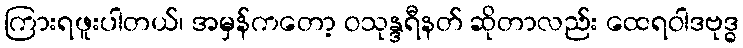
ကြားရဖူးပါတယ်၊ အမှန်ကတော့ ဝသုန္ဒရီနတ် ဆိုတာလည်း ထေရဝါဒဗုဒ္ဓ